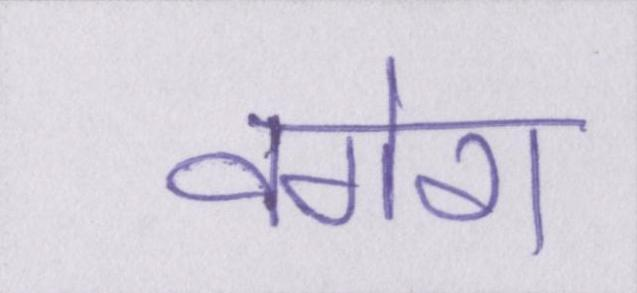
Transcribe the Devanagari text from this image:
वगेरा